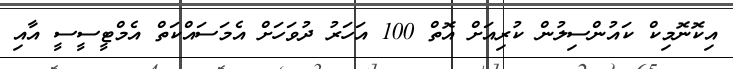
އިކޮނޮމިކް ކައުންސިލުން ކުރިއަށް އޮތް 100 އަހަރު ދުވަހަށް އެމަސައްކަތް އެމްޓީސީސީ އާއި